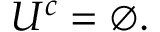
U ^ { c } = \varnothing .